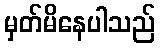
မှတ်မိနေပါသည်